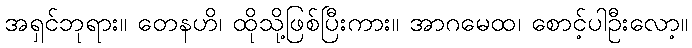
အရှင်ဘုရား။ တေနဟိ၊ ထိုသို့ဖြစ်ပြီးကား။ အာဂမေထ၊ စောင့်ပါဦးလော့။